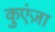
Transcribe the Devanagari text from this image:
कुएंज़ा